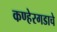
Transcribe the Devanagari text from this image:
कण्हेरगडाचे